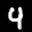
Label: 4